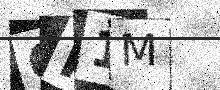
Text: GR1M